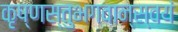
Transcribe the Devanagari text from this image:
कृष्णस्तुभगवान्स्वयं